Vaccine operations Central Provinces 1868-1885 - 1868-1885
Year: 1868
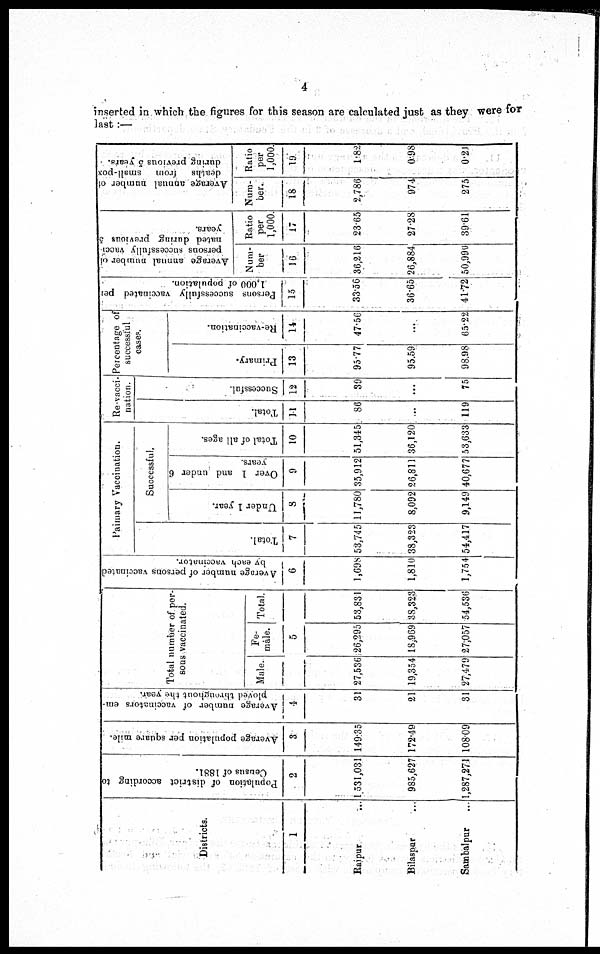
4
inserted in which the figures for this season are calculated just as they were for
last:—
Districts.
1
Rajpur
...
Bilaspur ...
Sambalpur ...
Population of district according to
Census of 1881.
2
1,531,031
985,627
1,287,271
Average population per square mile.
3
149.35
172.49
108.09
Average number of vaccinators em-
ployed throughout the year.
4
31
21
31
Total number of per-
sons vaccinated.
Male.
Fe-
male.
Total.
5
27,536
19,354
27,479
26,295
18,969
27,057
53,831
38,323
54,536
Average number of persons vaccinated
by each vaccinator.
6
1,698
1,810
1,754
Paimary Vaccination.
Total.
7
53,745
38,323
54,417
Successful.
Under 1 year.
8
11,780
8,092
9,149
Over 1 and under 6
years.
9
35,912
26,811
40,677
Total of all ages.
10
51,345
36,120
53,633
Re-vacci-
nation.
Total.
11
86
...
119
Successful.
12
39
...
75
Percentage of
successful
cases.
Primary.
13
95.77
95.59
98.98
Re-vaccination.
14
47.56
...
65.22
Persons successfully vaccinated per
1,000 of population.
15
33.56
36.65
41.72
Average annual number of
persons successfully vacci-
nated during previous 5
years.
Num-
ber
16
36,216
26,884
50,990
Ratio
per
1,000.
17
23.65
27.28
39.61
Average annual number of
deaths from
small-pox
during previous 5 years.
Num-
ber.
18
2,786
974
275
Ratio
per
1,000.
19
1.82
0.98
0.21